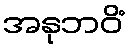
အနုဘဝိံ